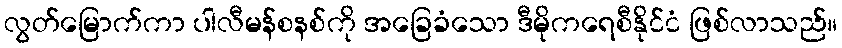
လွတ်မြောက်ကာ ပါလီမန်စနစ်ကို အခြေခံသော ဒီမိုကရေစီနိုင်ငံ ဖြစ်လာသည်။